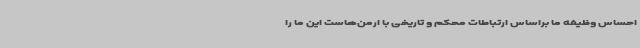
احساس وظیفه ما براساس ارتباطات محکم و تاریخی با ارمن‌هاست این ما را